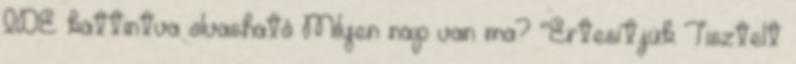
IDE kattintva olvasható Milyen nap van ma? “Értesítjük Tisztelt